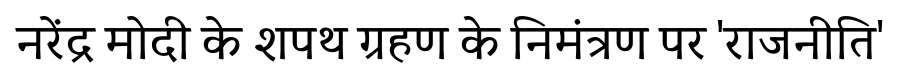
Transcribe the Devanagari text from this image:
नरेंद्र मोदी के शपथ ग्रहण के निमंत्रण पर 'राजनीति'